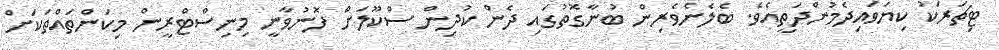
ޓިޗަރަކު ކިޔަވައިދެމުންދަތީއެވެ. ބެލެނެވެރިން ބުނާގޮތުގައި ދެން ކުދިން ސްކޫލަށް ފޮނުވާނީ މިނިސްޓްރީން މިކަންތައްތަކަށް